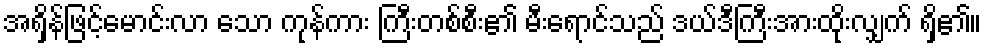
အရှိန်ဖြင့်မောင်းလာ သော ကုန်ကား ကြီးတစ်စီး၏ မီးရောင်သည် ဒယ်ဒီကြီးအားထိုးလျှက် ရှိ၏။